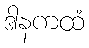
ဒါနကထံ